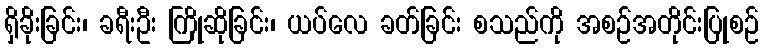
ရှိခိုးခြင်း၊ ခရီးဦး ကြိုဆိုခြင်း၊ ယပ်လေ ခတ်ခြင်း စသည်ကို အစဉ်အတိုင်းပြုစဉ်